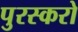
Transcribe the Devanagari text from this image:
पुरस्करो